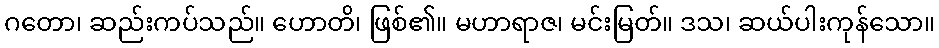
ဂတော၊ ဆည်းကပ်သည်။ ဟောတိ၊ ဖြစ်၏။ မဟာရာဇ၊ မင်းမြတ်။ ဒသ၊ ဆယ်ပါးကုန်သော။